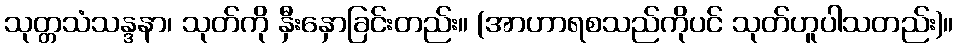
သုတ္တသံသန္ဒနာ၊ သုတ်ကို နှီးနှောခြင်းတည်း။ (အာဟာရစသည်ကိုပင် သုတ်ဟူပါသတည်း)။